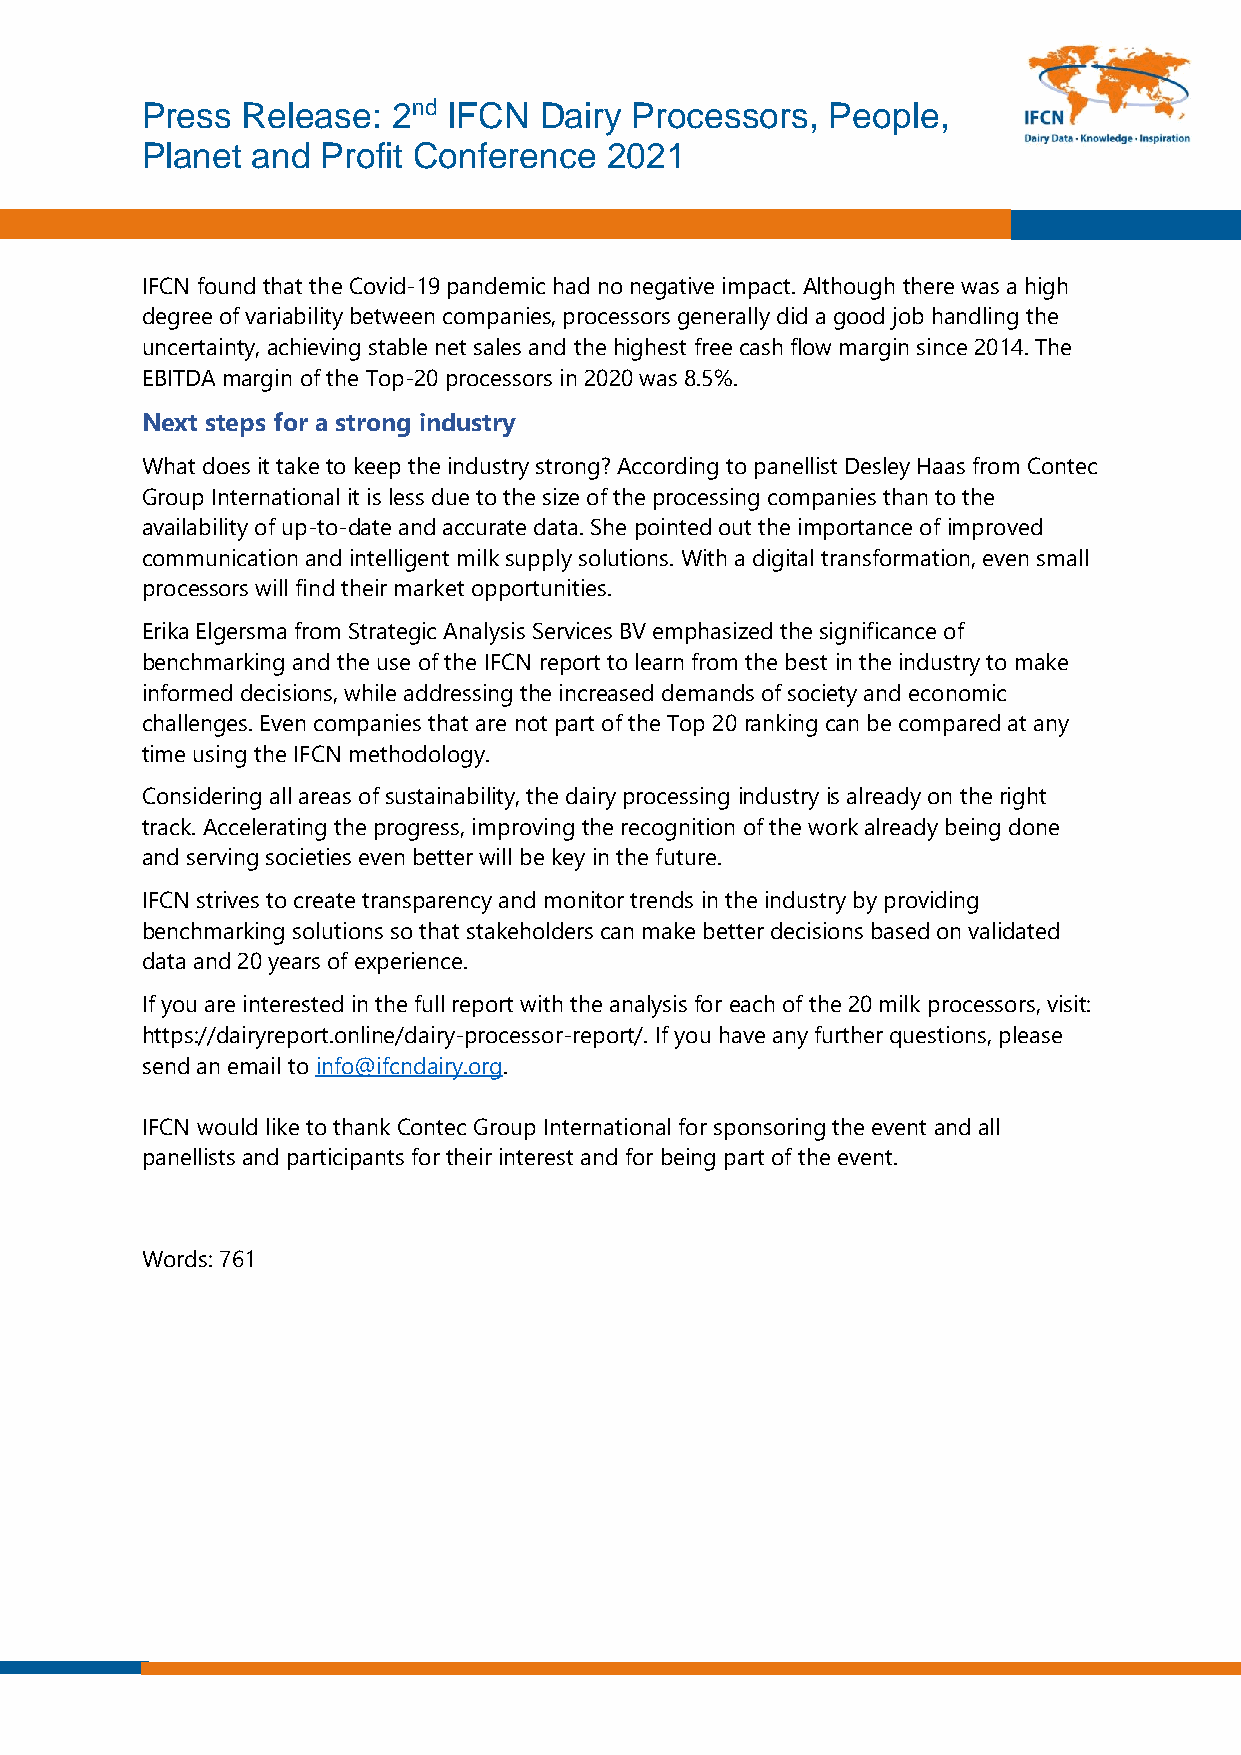
Press  Release:  2nd IFCN  Dairy Processors,  People,
 Planet  and Profit Conference  2021
 IFCN found that the Covid-19 pandemic had no negative impact. Although there was a high
 degree of variability between companies, processors generally did a good job handling the
 uncertainty, achieving stable net sales and the highest free cash flow margin since 2014. The
 EBITDA margin of the Top-20 processors in 2020 was 8.5%.
 Next steps for a strong industry
 What does it take to keep the industry strong? According to panellist Desley Haas from Contec
 Group International it is less due to the size of the processing companies than to the
 availability of up-to-date and accurate data. She pointed out the importance of improved
 communication and intelligent milk supply solutions. With a digital transformation, even small
 processors will find their market opportunities.
 Erika Elgersma from Strategic Analysis Services BV emphasized the significance of
 benchmarking and the use of the IFCN report to learn from the best in the industry to make
 informed decisions, while addressing the increased demands of society and economic
 challenges. Even companies that are not part of the Top 20 ranking can be compared at any
 time using the IFCN methodology.
 Considering all areas of sustainability, the dairy processing industry is already on the right
 track. Accelerating the progress, improving the recognition of the work already being done
 and serving societies even better will be key in the future.
 IFCN strives to create transparency and monitor trends in the industry by providing
 benchmarking solutions so that stakeholders can make better decisions based on validated
 data and 20 years of experience.
 If you are interested in the full report with the analysis for each of the 20 milk processors, visit:
 https://dairyreport.online/dairy-processor-report/. If you have any further questions, please
 send an email to info@ifcndairy.org.
 IFCN would like to thank Contec Group International for sponsoring the event and all
 panellists and participants for their interest and for being part of the event.
 Words: 761